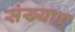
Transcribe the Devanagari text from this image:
संख्याए